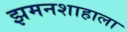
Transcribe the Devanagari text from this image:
झमनशाहाला